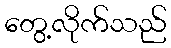
တွေ့လိုက်သည်